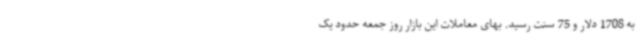
به 1708 دلار و 75 سنت رسید. بهای معاملات این بازار روز جمعه حدود یک